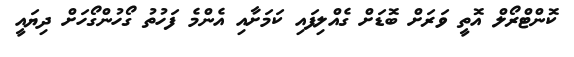
ކޮންޓްރޯލް އޮތީ ވަރަށް ބޮޑަށް ގެއްލިފައި ކަމަށާއި އެންމެ ފަހުތު ގޯހުންގޯހަށް ދިޔައީ